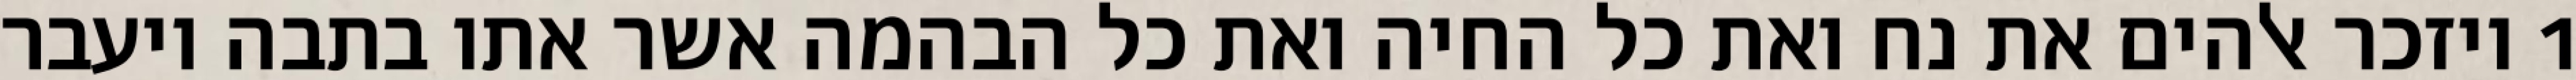
1 ויזכר אלהים את נח ואת כל החיה ואת כל הבהמה אשר אתו בתבה ויעבר